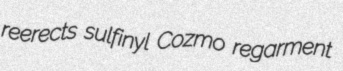
reerects sulfinyl Cozmo regarment